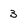
Character: 3